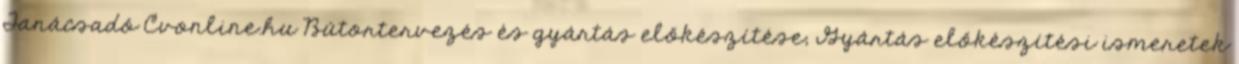
Tanácsadó Cvonline.hu Bútortervezés és gyártás előkészítése; Gyártás előkészítési ismeretek